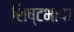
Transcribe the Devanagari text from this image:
शिष्टभाषा